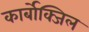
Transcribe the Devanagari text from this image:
कार्बोक्जिल